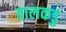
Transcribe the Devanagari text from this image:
तालकडु